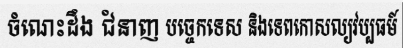
ចំណេះដឹង ជំនាញ បច្ចេកទេស និងទេពកោសល្យវប្បធម៍